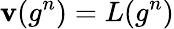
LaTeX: \mathbf{v}(g^{n})=L(g^{n})